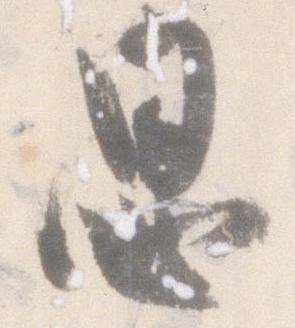
思